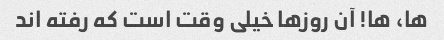
ها، ها! آن روزها خیلی وقت است که رفته اند